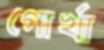
গোর্খা